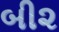
બી૨